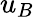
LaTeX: u_{B}